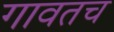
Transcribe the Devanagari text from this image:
गावतच